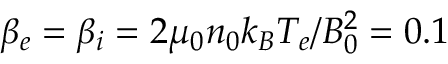
\beta _ { e } = \beta _ { i } = 2 \mu _ { 0 } n _ { 0 } k _ { B } T _ { e } / B _ { 0 } ^ { 2 } = 0 . 1